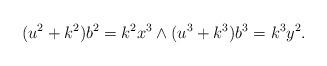
LaTeX: \begin{align*}(u^2+k^2)b^2=k^2x^3 \wedge(u^3+k^3)b^3=k^3y^2 .\end{align*}